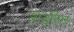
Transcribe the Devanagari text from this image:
तोडतिल